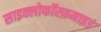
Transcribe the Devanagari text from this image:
साइक्लोफॉस्फ़माइड